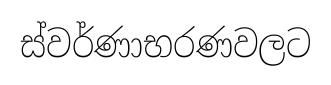
ස්වර්ණාභරණවලට